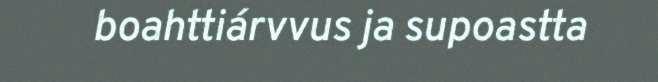
boahttiárvvus ja supoastta